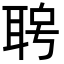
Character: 𦕮